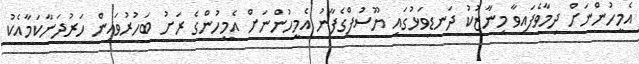
އެމީހުންނަށް ދިމާވެފައިވާ މިނާޒުކު ދަނޑިވަޅުގައި ޔޫސުފްގެފާނު އެމީހުންނަށް އެމީހުންގެ ރަށު ބަހުރުވައިން ހަރުދަނާކަމާއެކު